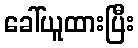
ခေါ်ယူထားပြီး